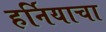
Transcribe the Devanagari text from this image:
हर्नियाचा